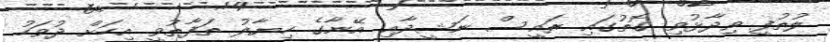
ލުތުފީ ވިދާޅުވި ގޮތުގައި ރައީސް ނަޝީދާއި އޭނާގެ ހިޔާލު ތަފާތުވީ އިހަށް ދުވަހު